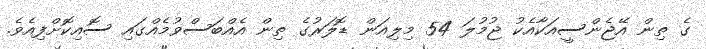
ގެ ތިން އޭޖެންސީއަކާއެކު ޖުމުލަ 54 މިލިއަން ޑޮލަރުގެ ތިން އެއްބަސްވުމެއްގައި ސޮއިކޮށްފިއެވެ.